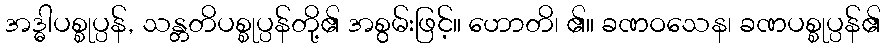
အဒ္ဓါပစ္စုပ္ပန်, သန္တတိပစ္စုပ္ပန်တို့၏ အစွမ်းဖြင့်။ ဟောတိ၊ ၏။ ခဏဝသေန၊ ခဏပစ္စုပ္ပန်၏